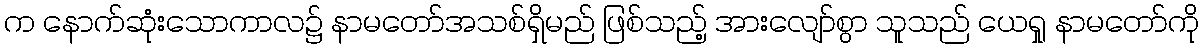
က နောက်ဆုံးသောကာလ၌ နာမတော်အသစ်ရှိမည် ဖြစ်သည့် အားလျော်စွာ သူသည် ယေရှု နာမတော်ကို